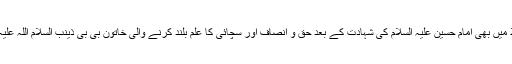
یہ بھی سب چھوڑ دیں ، جیتے جی بھی اور میدان کربلا میں بھی امام حسین علیہ السلام کی شہادت کے بعد حق و انصاف اور سچائی کا علم بلند کرنے والی خاتون بی بی ذینب السلام اللہ علیہ …. کیا یہ سب خواتین کردار میں کسی سے کم تھیں ؟